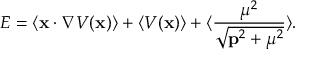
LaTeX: E = \langle { \bf x } \cdot \nabla V ( { \bf x } ) \rangle + \langle V ( { \bf x } ) \rangle + \langle { \frac { { \mu } ^ { 2 } } { \sqrt { { \bf p } ^ { 2 } + { \mu } ^ { 2 } } } } \rangle .